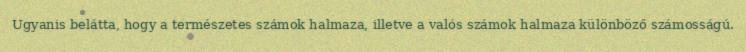
Ugyanis belátta, hogy a természetes számok halmaza, illetve a valós számok halmaza különböző számosságú.